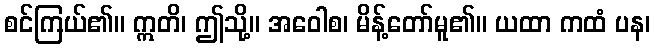
စင်ကြယ်၏။ ဣတိ၊ ဤသို့။ အဝေါစ၊ မိန့်တော်မူ၏။ ယထာ ကထံ ပန၊